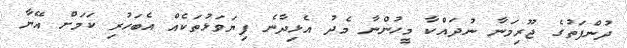
ދުންފަތުގެ ޖޫރިމަނާ ނުދައްކާ މީހުންނާ މެދު އެޅިދާނެ ފިޔަވަޅުތަކެއް އެބަހުރި ކަމަށް އޭނާ